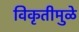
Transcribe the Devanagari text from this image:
विकृतीमुळे